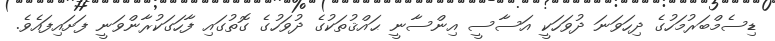
ޑިސެމްބަރުމަހުގެ ދިހަވަނަ ދުވަހަކީ އަސާސީ އިންސާނީ ޙައްޤުތަކުގެ ދުވަހުގެ ގޮތުގައި ފާހަގަކުރާންވަނީ ފަށައިފައެވެ.